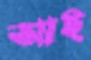
আই